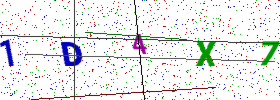
Text: 1D4X7